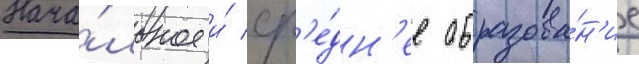
Нача́льное и́ ср'е́дн'ее образова́н'ие